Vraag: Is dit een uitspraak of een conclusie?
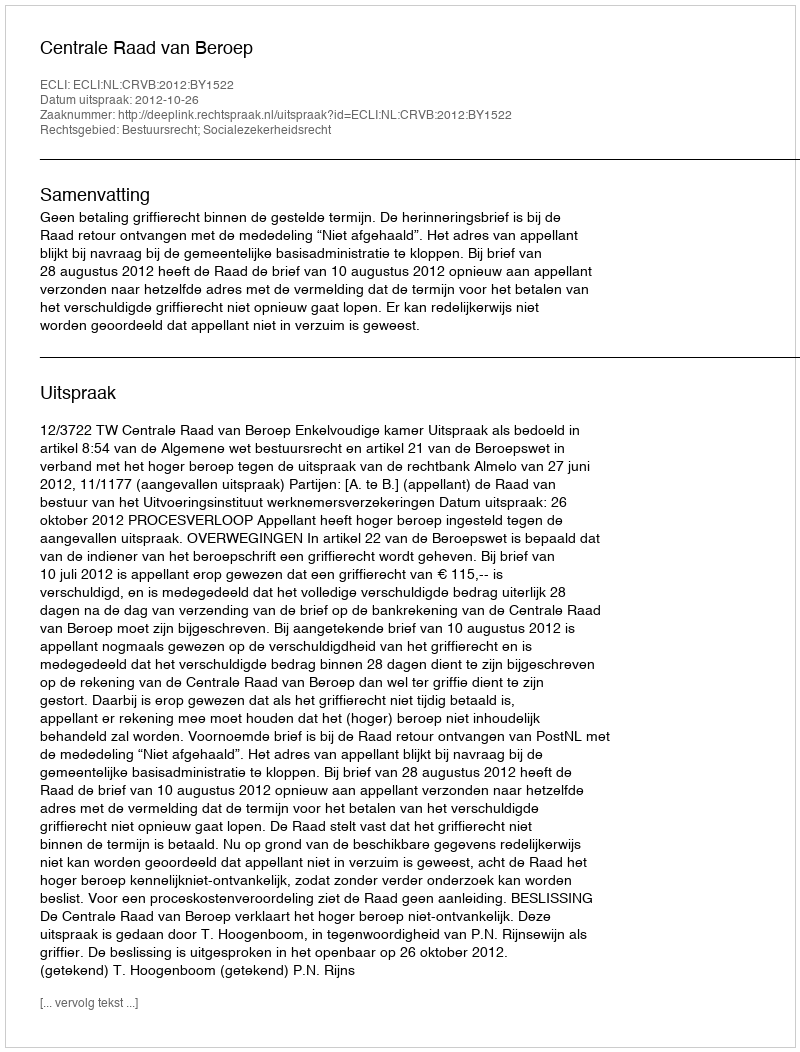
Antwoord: Uitspraak